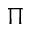
\Pi